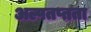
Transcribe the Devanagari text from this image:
अल्पतप्तता